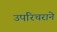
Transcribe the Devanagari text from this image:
उपरिचराने